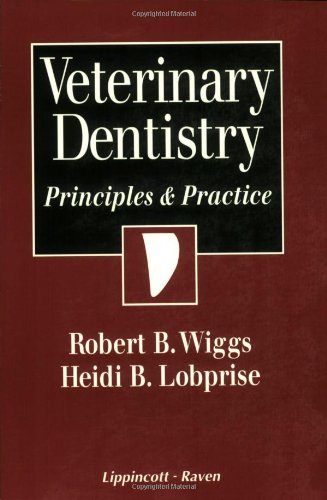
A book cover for Veterinary Dentistry: Principles and Practice; Robert B. Wiggs; Medical Books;